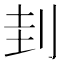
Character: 刲